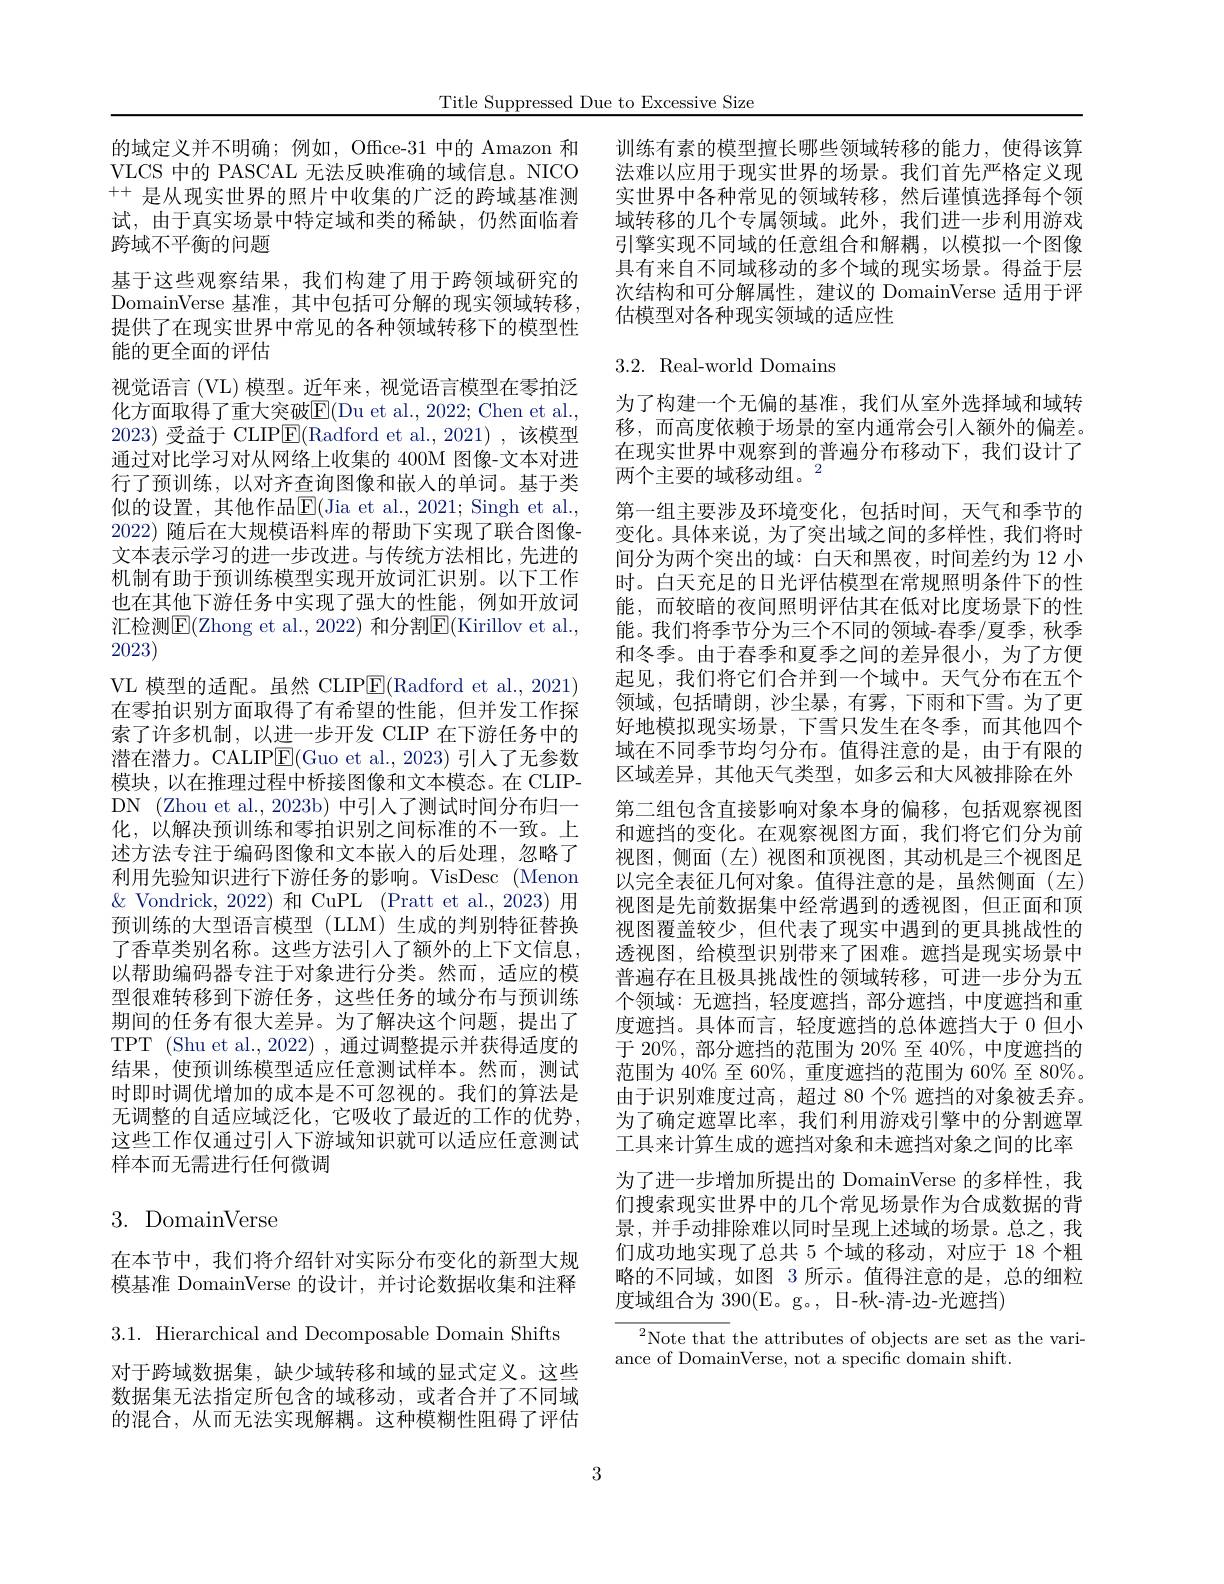
Title Suppressed Due to Excessive Size

的域定义并不明确；例如，Office-31 中的 Amazon 和VLCS 中的 PASCAL 无法反映准确的域信息。NICO ++是从现实世界的照片中收集的广泛的跨域基准测试，由于真实场景中特定域和类的稀缺，仍然面临着跨域不平衡的问题
基于这些观察结果，我们构建了用于跨领域研究的DomainVerse 基准，其中包括可分解的现实领域转移， 提供了在现实世界中常见的各种领域转移下的模型性能的更全面的评估
视觉语言(VL)模型。近年来，视觉语言模型在零拍泛化方面取得了重大突破$\underline{\mathrm{E}}($Du et al., 2022; Chen et al., 2023)受益于 CLIP$\boxed{\mathrm{E}}($Radford et al.,2021),该模型通过对比学习对从网络上收集的 400M 图像-文本对进行了预训练，以对齐查询图像和嵌入的单词。基于类似的设置，其他作品$\mathbb{E}($Jia et al., 2021; Singh et al., 2022)随后在大规模语料库的帮助下实现了联合图像文本表示学习的进一步改进。与传统方法相比，先进的机制有助于预训练模型实现开放词汇识别。以下工作也在其他下游任务中实现了强大的性能，例如开放词汇检测$\operatorname{E}($Zhong et al., 2022) 和分割$\operatorname{E}($Kirillov et al., 2023)
VL 模型的适配。虽然 CLIP$\boxed{\mathrm{E}}($Radford et al., 2021) 在零拍识别方面取得了有希望的性能，但并发工作探索了许多机制，以进一步开发 CLIP 在下游任务中的潜在潜力。CALIP$\underline{\mathrm{E}}($Guo et al., 2023) 引人了无参数模块，以在推理过程中桥接图像和文本模态。在 CLIPDN (Zhou et al., 2023b) 中引人了测试时间分布归一化，以解决预训练和零拍识别之间标准的不一致。上述方法专注于编码图像和文本嵌入的后处理，忽略了利用先验知识进行下游任务的影响。VisDesc (Menon $\&$ Vondrick, 2022)和 CuPL (Pratt et al., 2023) 用预训练的大型语言模型 (LLM) 生成的判别特征替换了香草类别名称。这些方法引人了额外的上下文信息， 以帮助编码器专注于对象进行分类。然而，适应的模型很难转移到下游任务，这些任务的域分布与预训练期间的任务有很大差异。为了解决这个问题，提出了TPT (Shu et al., 2022) , 通过调整提示并获得适度的结果，使预训练模型适应任意测试样本。然而，测试时即时调优增加的成本是不可忽视的。我们的算法是无调整的自适应域泛化，它吸收了最近的工作的优势。这些工作仅通过引人下游域知识就可以适应任意测试样本而无需进行任何微调

# 3. DomainVerse

在本节中，我们将介绍针对实际分布变化的新型大规模基准 DomainVerse 的设计，并讨论数据收集和注释

$3.1.{\mathrm{~Hierarchical~and~Decomposable~Domain~Shifts}}$
对于跨域数据集，缺少域转移和域的显式定义。这些数据集无法指定所包含的域移动，或者合并了不同域的混合，从而无法实现解耦。这种模糊性阻碍了评估

训练有素的模型擅长哪些领域转移的能力，使得该算法难以应用于现实世界的场景。我们首先严格定义现实世界中各种常见的领域转移，然后谨慎选择每个领域转移的几个专属领域。此外，我们进一步利用游戏引擎实现不同域的任意组合和解耦，以模拟一个图像具有来自不同域移动的多个域的现实场景。得益于层次结构和可分解属性，建议的 DomainVerse 适用于评估模型对各种现实领域的适应性

## 3.2. Real-world Domains

为了构建一个无偏的基准，我们从室外选择域和域转移，而高度依赖于场景的室内通常会引入额外的偏差。在现实世界中观察到的普遍分布移动下，我们设计了两个主要的域移动组。$^{2}$
第一组主要涉及环境变化，包括时间，天气和季节的变化。具体来说，为了突出域之间的多样性，我们将时间分为两个突出的域：白天和黑夜，时间差约为 12 小时。白天充足的日光评估模型在常规照明条件下的性能，而较暗的夜间照明评估其在低对比度场景下的性能。我们将季节分为三个不同的领域-春季/夏季，秋季和冬季。由于春季和夏季之间的差异很小，为了方便起见，我们将它们合并到一个域中。天气分布在五个领域，包括晴朗，沙尘暴，有雾，下雨和下雪。为了更好地模拟现实场景，下雪只发生在冬季，而其他四个域在不同季节均匀分布。值得注意的是，由于有限的区域差异，其他天气类型，如多云和大风被排除在外第二组包含直接影响对象本身的偏移，包括观察视图和遮挡的变化。在观察视图方面，我们将它们分为前视图，侧面(左)视图和顶视图，其动机是三个视图足以完全表征几何对象。值得注意的是，虽然侧面(左) 视图是先前数据集中经常遇到的透视图，但正面和顶视图覆盖较少，但代表了现实中遇到的更具挑战性的透视图，给模型识别带来了困难。遮挡是现实场景中普遍存在且极具挑战性的领域转移，可进一步分为五个领域：无遮挡，轻度遮挡，部分遮挡，中度遮挡和重度遮挡。具体而言，轻度遮挡的总体遮挡大于 0 但小于 20%, 部分遮挡的范围为 20% 至 40%, 中度遮挡的范围为 40% 至 60%, 重度遮挡的范围为 60% 至 80%。由于识别难度过高，超过 80 个% 遮挡的对象被丢弃。为了确定遮罩比率，我们利用游戏引擎中的分割遮罩工具来计算生成的遮挡对象和未遮挡对象之间的比率为了进一步增加所提出的 DomainVerse 的多样性，我们搜索现实世界中的几个常见场景作为合成数据的背景，并手动排除难以同时呈现上述域的场景。总之，我们成功地实现了总共 5 个域的移动，对应于 18 个粗略的不同域，如图 3 所示。值得注意的是，总的细粒度域组合为 390(E。g。, 日-秋-清-边-光遮挡)
$^{2}$Note that the attributes of objects are set as the vari-

ance of DomainVerse, not a specific domain shift.

3